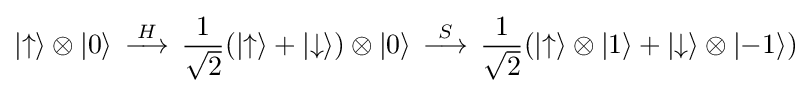
|{\uparrow }\rangle \otimes |0\rangle \;\,{\overset {H}{\longrightarrow }}\;\,{\frac {1}{\sqrt {2}}}(|{\uparrow }\rangle +|{\downarrow }\rangle )\otimes |0\rangle \;\,{\overset {S}{\longrightarrow }}\;\,{\frac {1}{\sqrt {2}}}(|{\uparrow }\rangle \otimes |1\rangle +|{\downarrow }\rangle \otimes |{-1}\rangle )